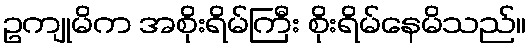
ဥကျုမိက အစိုးရိမ်ကြီး စိုးရိမ်နေမိသည်။